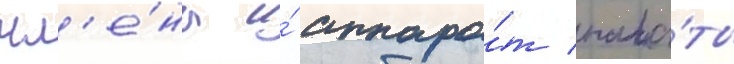
чл'е́ны и́ аппара́т пала́ты